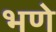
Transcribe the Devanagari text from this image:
भणे